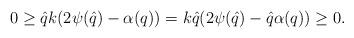
LaTeX: \begin{align*}0\ge \hat{q}k(2\psi(\hat{q})-\alpha({q}))=k\hat{q}(2\psi(\hat{q})-\hat{q}\alpha({q}))\ge 0.\end{align*}